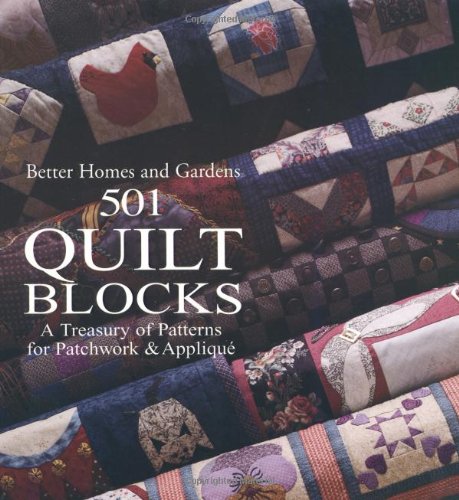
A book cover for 501 Quilt Blocks: A Treasury of Patterns for Patchwork & Applique (Better Homes and Gardens Cooking); Better Homes and Gardens; Crafts, Hobbies & Home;